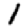
Digit: 1